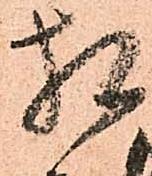
間